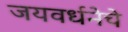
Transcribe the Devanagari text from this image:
जयवर्धनेचे